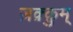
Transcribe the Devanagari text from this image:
ज़क़्क़ुम्